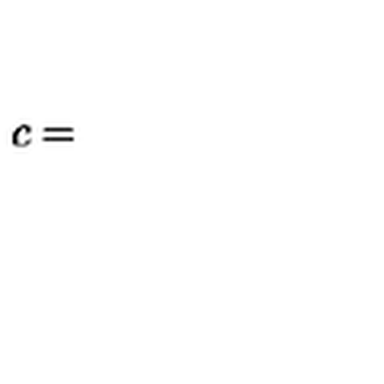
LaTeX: c =